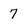
Character: 7